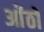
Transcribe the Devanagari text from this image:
ओंठों